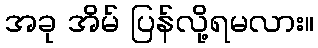
အခု အိမ် ပြန်လို့ရမလား။